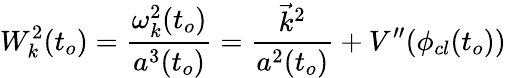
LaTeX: W_{k}^{2}(t_{o})=\frac{\omega_{k}^{2}(t_{o})}{a^{3}(t_{o})}=\frac{\vec{k}^{2}}{a^{2}(t_{o})}+V^{\prime\prime}(\phi_{cl}(t_{o}))